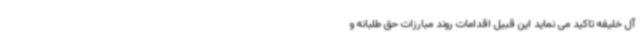
آل خلیفه تاکید می نماید این قبیل اقدامات روند مبارزات حق طلبانه و